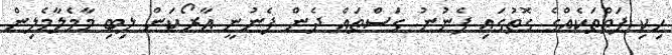
ހިކި ފަތްތަކެއްގެ ގޮތުގައި ފެނުނު ގަސްތައް ދެން ފެނުނީ އާރޯކަން ލިބި މާމެލާމެލިން